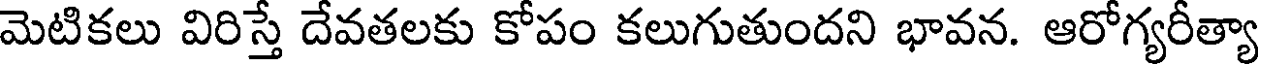
మెటికలు విరిస్తే దేవతలకు కోపం కలుగుతుందని భావన. ఆరోగ్యరీత్యా